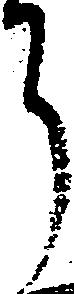
了